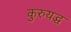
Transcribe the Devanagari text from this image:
कुरुयद्ध